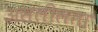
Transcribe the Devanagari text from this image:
असलीलता